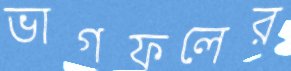
ভাগফলের